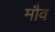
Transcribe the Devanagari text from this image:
मौव